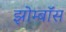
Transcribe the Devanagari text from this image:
झोम्बॉस